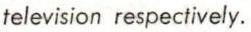
television respectively.